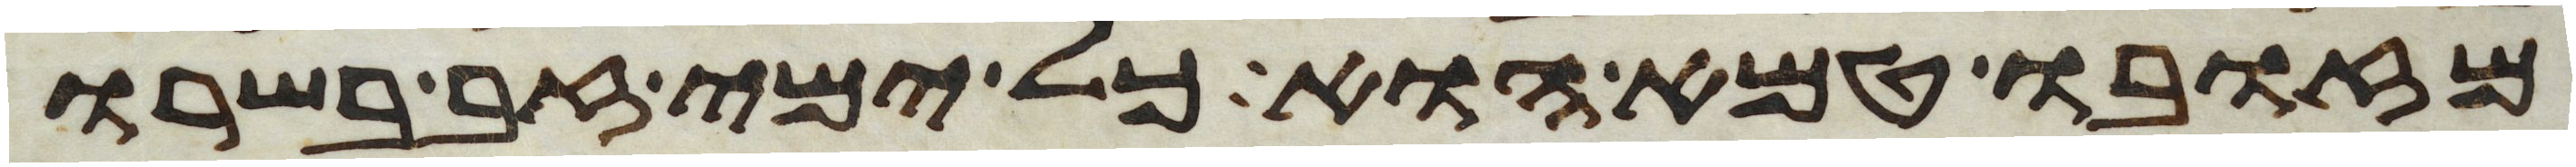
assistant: מזובו טמא הוא כל ימי זב בשרו